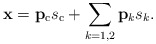
\begin{align*}\mathbf{x}= \mathbf{p}_{\mathrm{c}} s_{\mathrm{c}} + \sum_{k=1,2} \mathbf{p}_k s_{k}.\end{align*}